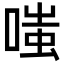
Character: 嗤